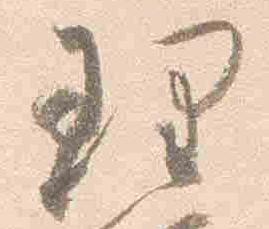
理